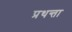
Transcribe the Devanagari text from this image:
प्रथन्ता